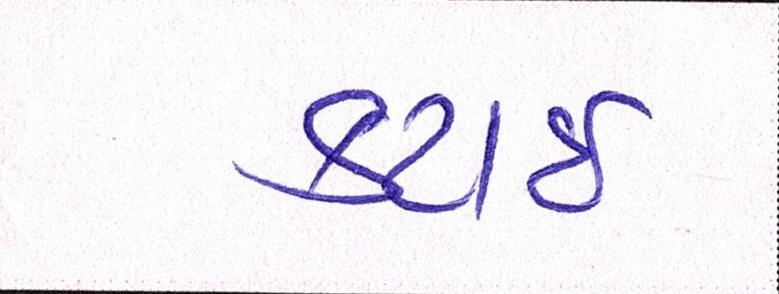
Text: કટાઈ